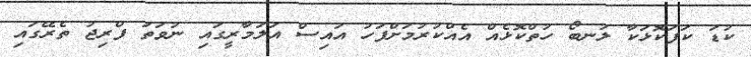
ކުޑަ ކަފަކޮޅަކާ ލުނބޯ ހުތްކޮޅެއް އެއްކުރުމަށްފަހު އައިސް އަލަމާރީގައި ނުވަތަ ފްރިޖު ތެރޭގައި